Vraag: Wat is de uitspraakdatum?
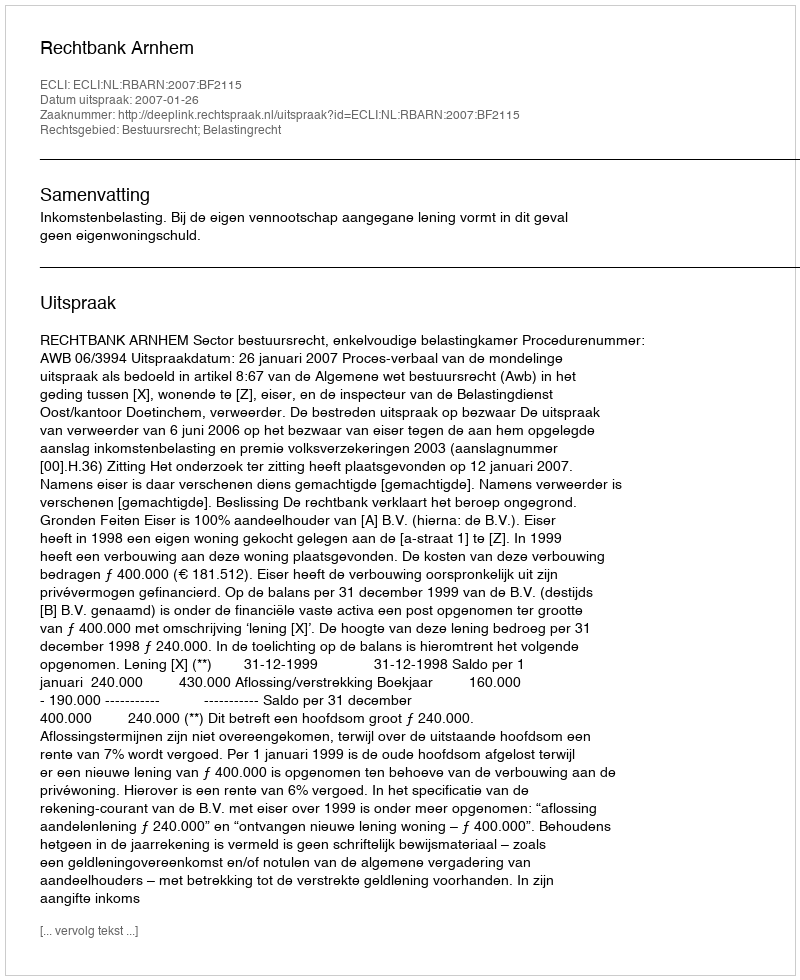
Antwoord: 2007-01-26